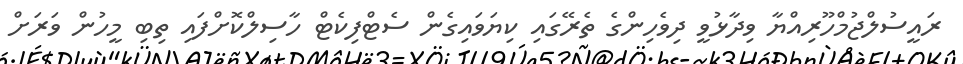
ރައީސުލްޖުމްހޫރިއްޔާ ވިދާޅުވީ ދިވެހިންގެ ތެރޭގައި ކިޔަވައިގެން ސެޓްފިކެޓް ހާސިލްކޮށްފައި ތިބި މީހުން ވަރަށް